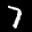
Label: 7